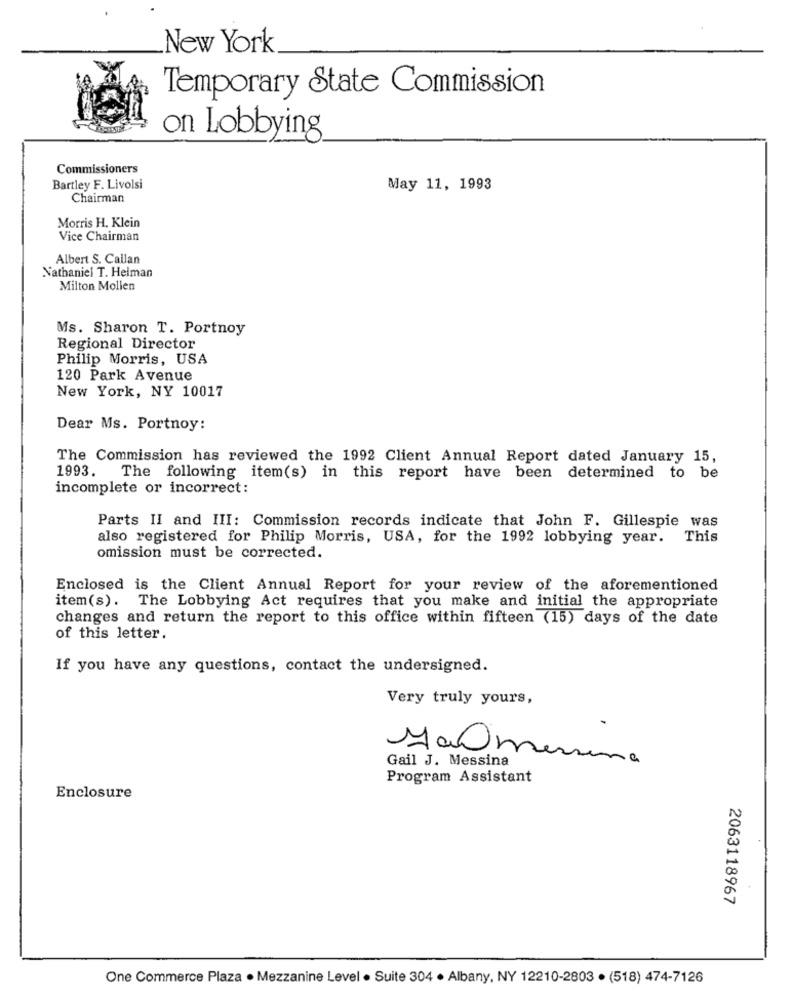
New York
Temporary State Commission
on Lobbying
Commissioners
Bartley F. Livolsi
May 11, 1993
Chairman
Morris H. Klein
Vice Chairman
Albert S. Callan
Nathaniel T. Helman
Milton Mollen
Ms. Sharon T. Portnoy
Regional Director
Philip Morris, USA
120 Park Avenue
New York, NY 10017
Dear Ms. Portnoy:
The Commission has reviewed the 1992 Client Annual Report dated January 15,
1993. The following item(s) in this report have been determined to be
incomplete or incorrect:
Parts II and III: Commission records indicate that John F. Gillespie was
also registered for Philip Morris, USA, for the 1992 lobbying year.
This
omission must be corrected.
Enclosed is the Client Annual Report for your review of the aforementioned
item(s). The Lobbying Act requires that you make and initial the appropriate
changes and return the report to this office within fifteen (15) days of the date
of this letter.
If you have any questions, contact the undersigned.
Very truly yours,
Ma messina
Gail J. Messina
Program Assistant
Enclosure
2063118967
One Commerce Plaza · Mezzanine Level · Suite 304 · Albany, NY 12210-2803 · (518) 474-7126